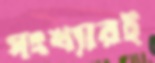
সংখ্যারই